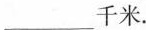
___千米.